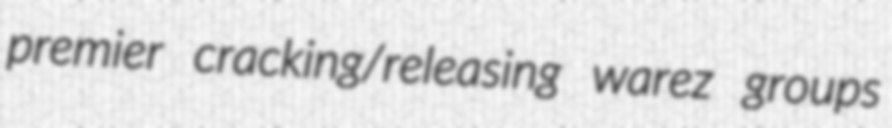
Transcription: premier cracking/releasing warez groups